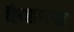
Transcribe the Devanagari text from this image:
कैडमस